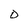
Character: D